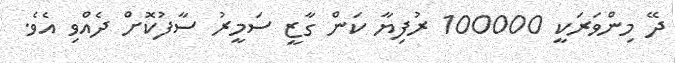
ދޭ މިންވަރަކީ 100000 ރުފިޔާ ކަން ގާޒީ ސަމީރު ސާފުކޮށް ދެއްވި އެވެ.